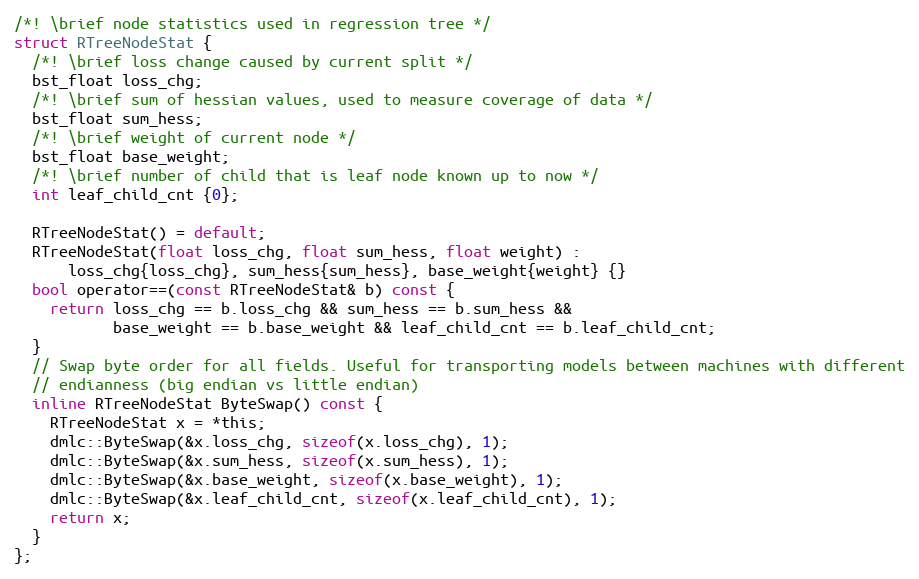
Language: C
/*! \brief node statistics used in regression tree */
struct RTreeNodeStat {
  /*! \brief loss change caused by current split */
  bst_float loss_chg;
  /*! \brief sum of hessian values, used to measure coverage of data */
  bst_float sum_hess;
  /*! \brief weight of current node */
  bst_float base_weight;
  /*! \brief number of child that is leaf node known up to now */
  int leaf_child_cnt {0};

  RTreeNodeStat() = default;
  RTreeNodeStat(float loss_chg, float sum_hess, float weight) :
      loss_chg{loss_chg}, sum_hess{sum_hess}, base_weight{weight} {}
  bool operator==(const RTreeNodeStat& b) const {
    return loss_chg == b.loss_chg && sum_hess == b.sum_hess &&
           base_weight == b.base_weight && leaf_child_cnt == b.leaf_child_cnt;
  }
  // Swap byte order for all fields. Useful for transporting models between machines with different
  // endianness (big endian vs little endian)
  inline RTreeNodeStat ByteSwap() const {
    RTreeNodeStat x = *this;
    dmlc::ByteSwap(&x.loss_chg, sizeof(x.loss_chg), 1);
    dmlc::ByteSwap(&x.sum_hess, sizeof(x.sum_hess), 1);
    dmlc::ByteSwap(&x.base_weight, sizeof(x.base_weight), 1);
    dmlc::ByteSwap(&x.leaf_child_cnt, sizeof(x.leaf_child_cnt), 1);
    return x;
  }
};